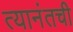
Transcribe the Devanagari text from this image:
त्यानंतची